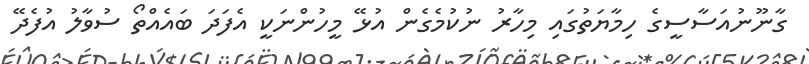
ގާނޫނުއަސާސީގެ ހިމާޔަތުގައި މިހާރު ނުކުމެގެން އުޅޭ މީހުންނަކީ އެފަދަ ބައެއްތޯ ސުވާލު އުފެދޭ